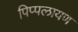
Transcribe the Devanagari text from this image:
पिप्पलायण